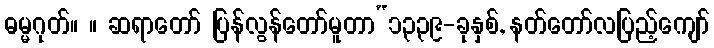
ဓမ္မဂုတ်။ ။ ဆရာတော် ပြန်လွန်တော်မူတာ“၁၃၃၉-ခုနှစ်, နတ်တော်လပြည့်ကျော်